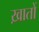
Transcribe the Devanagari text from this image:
ख़ातों